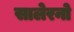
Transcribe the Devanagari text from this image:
सालेरनो